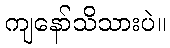
ကျနော်သိသားပဲ။